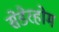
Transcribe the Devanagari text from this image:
सेडेरहोम